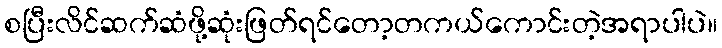
စပြီးလိင်ဆက်ဆံဖို့ဆုံးဖြတ်ရင်တော့တကယ်ကောင်းတဲ့အရာပါပဲ။